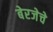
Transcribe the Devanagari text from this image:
बेरजेचे